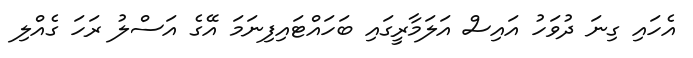
އެހައި ގިނަ ދުވަހު އައިސް އަލަމާރީގައި ބަހައްޓައިފިނަމަ އޭގެ އަސްލު ރަހަ ގެއްލި